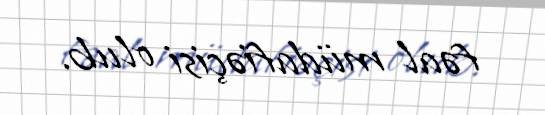
fəal müdafiəçisi olub.